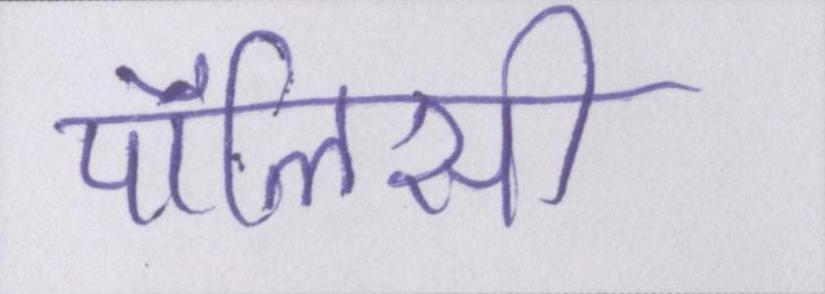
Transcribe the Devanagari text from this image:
पॉलिसी